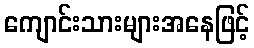
ကျောင်းသားများအနေဖြင့်